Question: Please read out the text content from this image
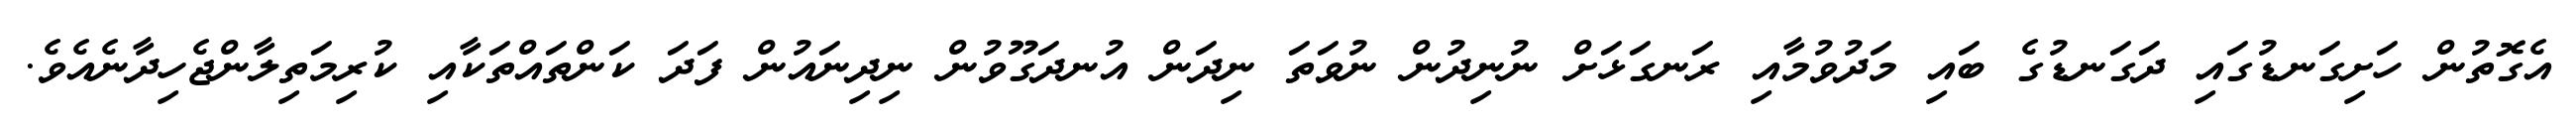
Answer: އެގޮތުން ހަށިގަނޑުގައި ދަގަނޑުގެ ބައި މަދުވުމާއި ރަނގަޅަށް ނުނިދުން ނުވަތަ ނިދަން އުނދަގޫވުން ނިދިނައުން ފަދަ ކަންތައްތަކާއި ކުރިމަތިލާންޖެހިދާނެއެވެ.